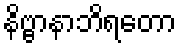
နိဗ္ဗာနာဘိရတော